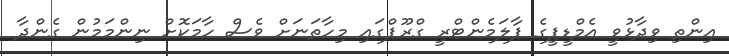
އިންތި ވިދާޅުވީ އެމްޑީޕީގެ ޕާލަމެންޓްރީ ގްރޫޕްގައި މިހާތަނަށް ވެސް ހާމަކޮށް ނިންމަމުން ގެންދާ